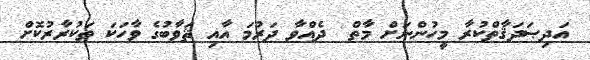
އަދިޞަދަޤާތްކުރާ މީހުންނަށް މާތް  ދެއްވާ ދަރުމަ އާއި ޘަވާބުގެ ވާހަކަ ތަކުރާރުކޮށް